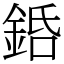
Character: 銽